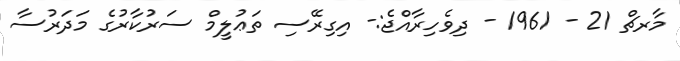
މާރޗް 21 - 1961 - ދިވެހިރާއްޖެ:- އިގިރޭސި ތަޢުލީމް ސަރުކާރުގެ މަދަރުސާ